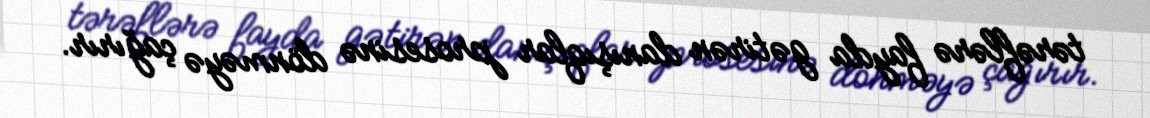
tərəflərə fayda gətirən danışıqlar prosesinə dönməyə çağırır.